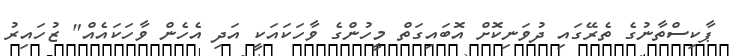
ޕާކިސްތާނުގެ ތެރޭގައި ދުވަނިކޮށް އޮބައިގަތް މީހުންގެ ވާހަކައަކީ އަދި އެހެން ވާހަކައެއް" ޒުހައިރު